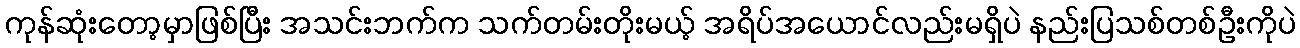
ကုန်ဆုံးတော့မှာဖြစ်ပြီး အသင်းဘက်က သက်တမ်းတိုးမယ့် အရိပ်အယောင်လည်းမရှိပဲ နည်းပြသစ်တစ်ဦးကိုပဲ